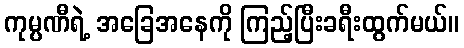
ကုမ္ပဏီရဲ့ အခြေအနေကို ကြည့်ပြီးခရီးထွက်မယ်။